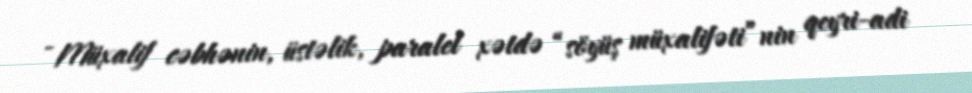
- Müxalif cəbhənin, üstəlik, paralel xətdə “söyüş müxalifəti”nin qeyri-adi